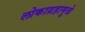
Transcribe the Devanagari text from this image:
लोकाग्रहामुळे